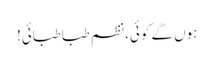
ہوں گے کوئی، نظم طبا طبائی!